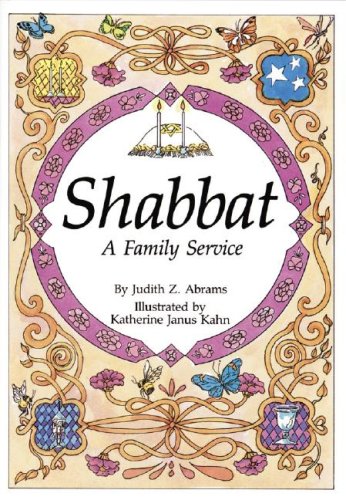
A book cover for Shabbat (Shabbat & Prayer); Judith Z. Abrams; Teen & Young Adult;